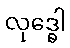
လုဒ္ဓေါ